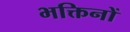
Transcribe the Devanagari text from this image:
भक्तिनों